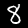
Digit: 8